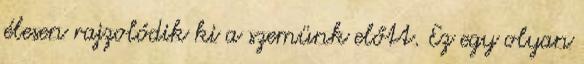
élesen rajzolódik ki a szemünk előtt. Ez egy olyan